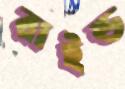
রাইন্ড